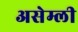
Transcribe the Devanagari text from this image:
असेम्ली